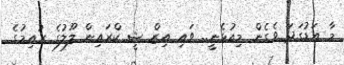
މާ އަޑުގަދަ ވެގެން މިއުޅެނީ.. ވައި އިޒް ޝީ ކްރައިން ލޫލުގެ ރުއިމުގެ